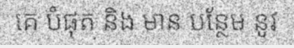
គេ បំផុត និង មាន បន្ថែម នូវ